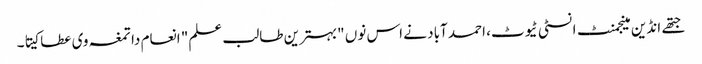
جتھے انڈین مینجمنٹ انسٹی ٹیوٹ، احمد آباد نے اس نوں "بہترین طالب علم" انعام دا تمغہ وی عطا کیتا۔